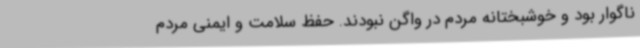
ناگوار بود و خوشبختانه مردم در واگن نبودند. حفظ سلامت و ایمنی مردم